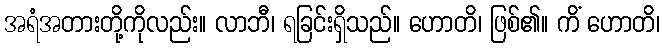
အရံအတားတို့ကိုလည်း။ လာဘီ၊ ရခြင်းရှိသည်။ ဟောတိ၊ ဖြစ်၏။ ကိံ ဟောတိ၊